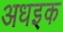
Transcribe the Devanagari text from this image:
अधइक